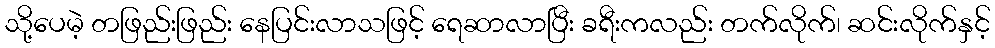
သို့ပေမဲ့ တဖြည်းဖြည်း နေပြင်းလာသဖြင့် ရေဆာလာပြီး ခရီးကလည်း တက်လိုက်၊ ဆင်းလိုက်နှင့်